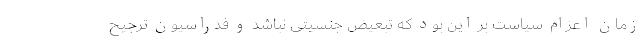
زمان اعزام سیاست بر این بود که تبعیض جنسیتی نباشد و فدراسیون ترجیح